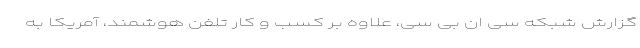
گزارش شبکه سی ان بی سی، علاوه بر کسب و کار تلفن هوشمند، آمریکا به